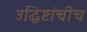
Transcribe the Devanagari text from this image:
उद्धिष्टांचीच